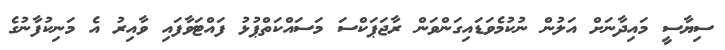
ސިޔާސީ މައިދާނަށް އަލުން ނުކުމެވަޑައިގަންވަން ރާޖަޕަކްސަ މަސައްކަތްޕުޅު ފައްޓަވާފައި ވާއިރު އެ މަނިކުފާނުގެ